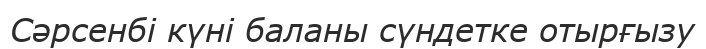
Сәрсенбі күні баланы сүндетке отырғызу